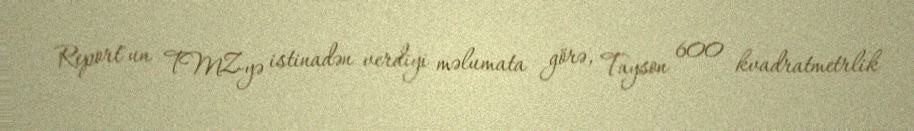
Report"un TMZ-yə istinadən verdiyi məlumata görə, Tayson 600 kvadratmetrlik